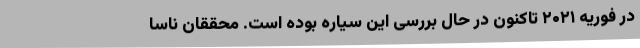
در فوریه ۲۰۲۱ تاکنون در حال بررسی این سیاره بوده است. محققان ناسا